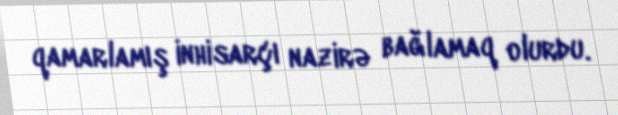
qamarlamış inhisarçı nazirə bağlamaq olurdu.